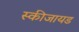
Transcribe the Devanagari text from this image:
स्कीजायड